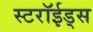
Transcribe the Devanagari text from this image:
स्टरॉईड्स